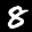
Label: 8